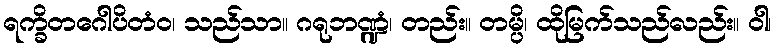
ရက္ခိတဂေါပိတံဝ၊ သည်သာ။ ဂရုဘဏ္ဍံ၊ တည်း။ တမ္ပိ၊ ထိုမြက်သည်လည်း။ ဝါ၊